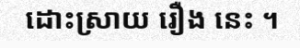
ដោះស្រាយ រឿង នេះ ។